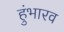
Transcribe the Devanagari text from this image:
हुंभारव